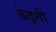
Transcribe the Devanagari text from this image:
बेढ़गी